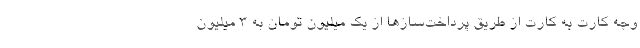
وجه کارت به کارت از طریق پرداخت‌سازها از یک میلیون تومان به 3 میلیون